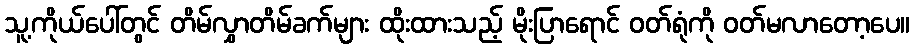
သူ့ကိုယ်ပေါ်တွင် တိမ်လွှာတိမ်ခက်များ ထိုးထားသည့် မိုးပြာရောင် ဝတ်ရုံကို ဝတ်မလာတော့ပေ။